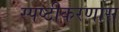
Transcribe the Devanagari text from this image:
स्पष्टीकरणास